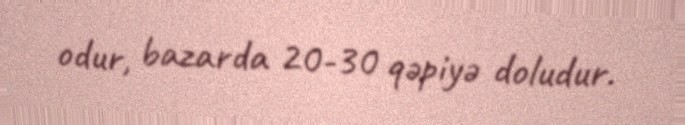
odur, bazarda 20-30 qəpiyə doludur.